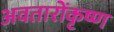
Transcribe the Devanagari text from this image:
अवतारोंकृष्ण